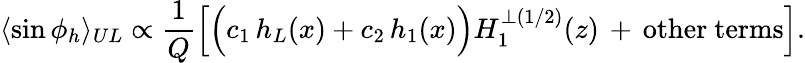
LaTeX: \langle\sin\phi_{h}\rangle_{UL}\propto\frac{1}{Q}\Big[\Big(c_{1}\, h_{L}(x)+c_{2}\, h_{1}(x)\Big)H_{1}^{\perp(1/2)}(z)\, +\, \mathrm{other~terms}\Big].